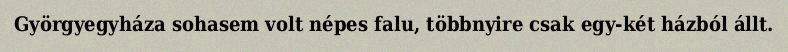
Györgyegyháza sohasem volt népes falu, többnyire csak egy-két házból állt.